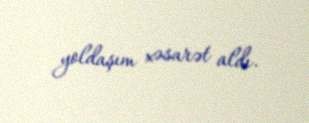
yoldaşım xəsarət aldı.